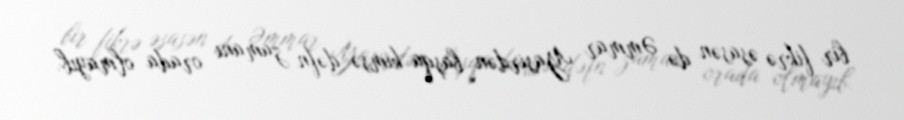
bir fikrə əsasən də Əmmar Yasirdən başqa kimsə dəfn zamanı orada olmayıb.